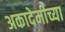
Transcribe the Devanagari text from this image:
अकादेमीच्या